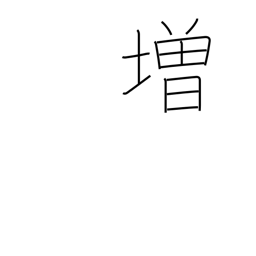
Meaning: promote